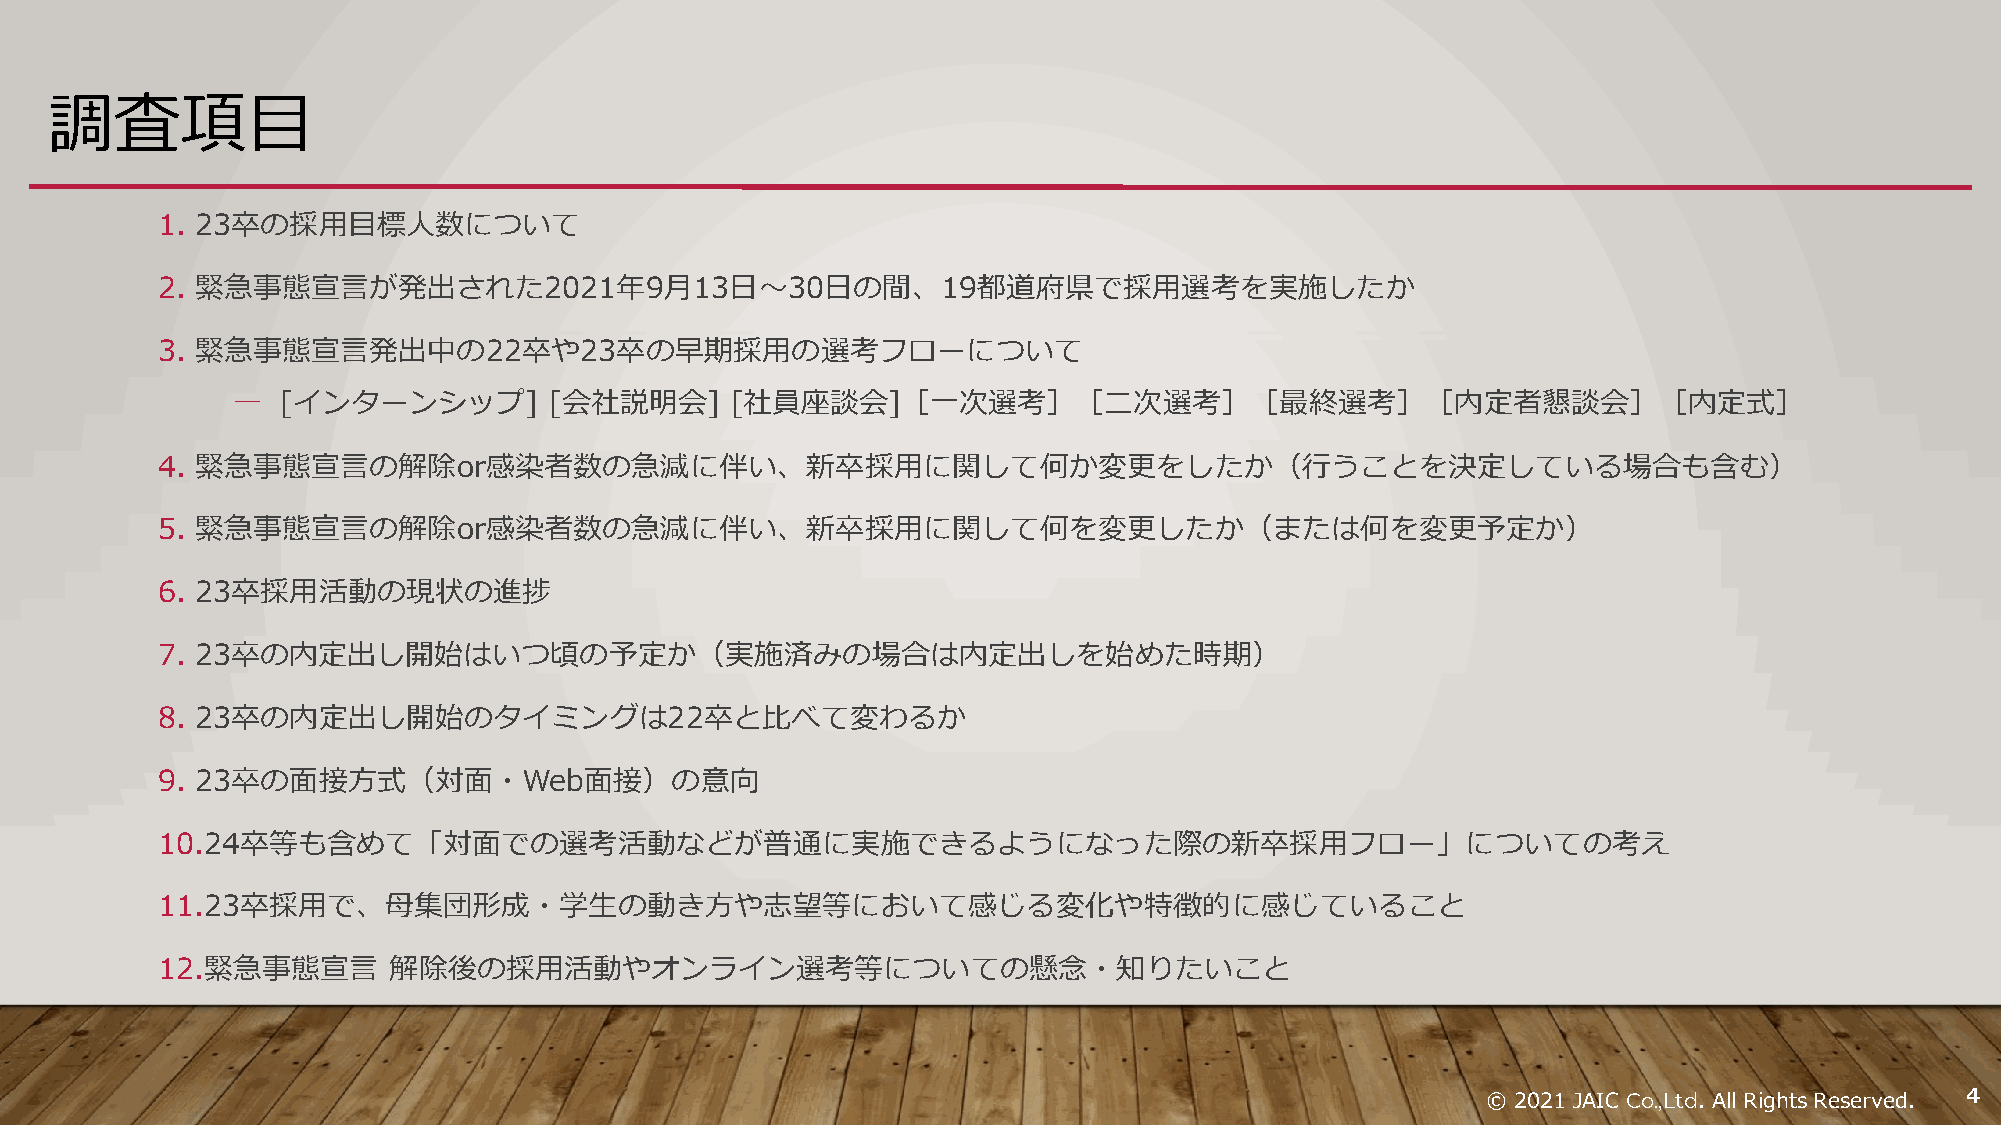
調査項目
 1. 23卒の採用目標人数について
 2. 緊急事態宣言が発出された2021年9月13日～30日の間、19都道府県で採用選考を実施したか
 3. 緊急事態宣言発出中の22卒や23卒の早期採用の選考フローについて
 ―   [インターンシップ]       [会社説明会]     [社員座談会]［一次選考］［二次選考］［最終選考］［内定者懇談会］［内定式］
 4. 緊急事態宣言の解除or感染者数の急減に伴い、新卒採用に関して何か変更をしたか（行うことを決定している場合も含む）
 5. 緊急事態宣言の解除or感染者数の急減に伴い、新卒採用に関して何を変更したか（または何を変更予定か）
 6. 23卒採用活動の現状の進捗
 7. 23卒の内定出し開始はいつ頃の予定か（実施済みの場合は内定出しを始めた時期）
 8. 23卒の内定出し開始のタイミングは22卒と比べて変わるか
 9. 23卒の面接方式（対面・Web面接）の意向
 10.24卒等も含めて「対面での選考活動などが普通に実施できるようになった際の新卒採用フロー」についての考え
 11.23卒採用で、母集団形成・学生の動き方や志望等において感じる変化や特徴的に感じていること
 12.緊急事態宣言       解除後の採用活動やオンライン選考等についての懸念・知りたいこと
 © 2021 JAIC Co.,Ltd. All Rights Reserved. 44